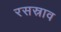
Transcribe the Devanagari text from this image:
रसस्राव